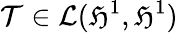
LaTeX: \mathcal{T}\in\mathcal{{L}}(\mathfrak{{H}}^{1},\mathfrak{{H}}^{1})